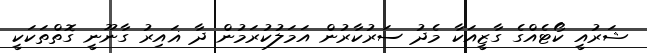
ޝަރުއީ ކޯޓެއްގެ ގާޒީއަކާ މެދު ސަރުކާރުން އަމަލުކުރަމުން ދާ ޣައިރު ގާނޫނީ ގޮތްތަކަކީ